Some observations on the poison of the banded krait (Bungarus fasciatus) - Number 7
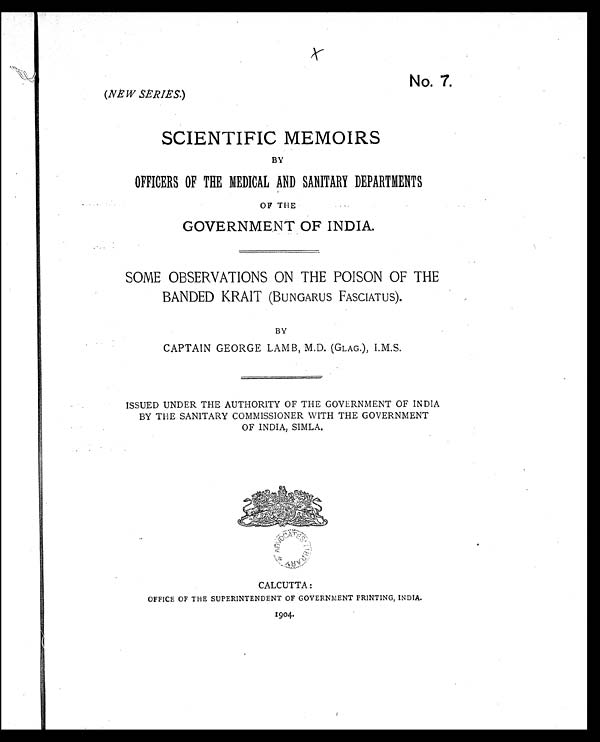
No. 7.
(NEW SERIES.)
SCIENTIFIC MEMOIRS
BY
OFFICERS OF THE MEDICAL AND SANITARY DEPARTMENTS
OF THE
GOVERNMENT OF INDIA.
SOME OBSERVATIONS ON THE POISON OF THE
BANDED KRAIT (BUNGARUS FASCIATUS).
BY
CAPTAIN GEORGE LAMB, M.D. (GLAG.), I.M.S.
ISSUED UNDER THE AUTHORITY OF THE GOVERNMENT OF INDIA
BY THE SANITARY COMMISSIONER WITH THE GOVERNMENT
OF INDIA, SIMLA.
CALCUTTA:
OFFICE OF THE SUPERINTENDENT OF GOVERNMENT PRINTING, INDIA.
1904.